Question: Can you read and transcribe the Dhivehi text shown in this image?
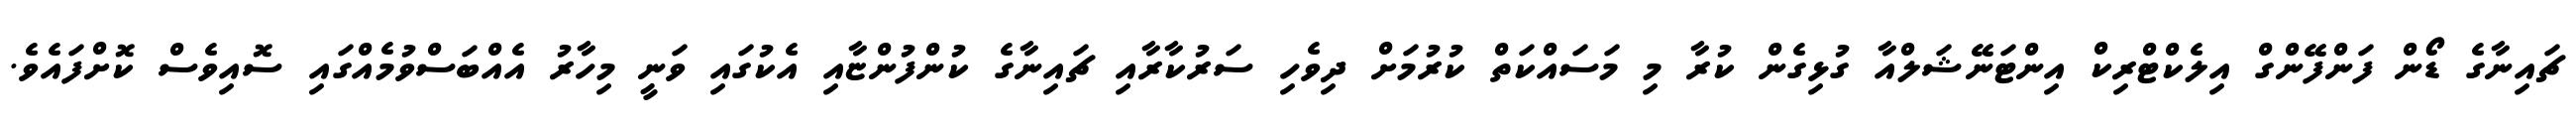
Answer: ޗައިނާގެ ޑޯން ފަންފޭންގް އިލެކްޓްރިކް އިންޓަނޭޝަލްއާ ގުޅިގެން ކުރާ މި މަސައްކަތް ކުރުމަށް ދިވެހި ސަރުކާރާއި ޗައިނާގެ ކުންފުންޏާއި އެކުގައި ވަނީ މިހާރު އެއްބަސްވުމެއްގައި ސޮއިވެސް ކޮށްފައެވެ.